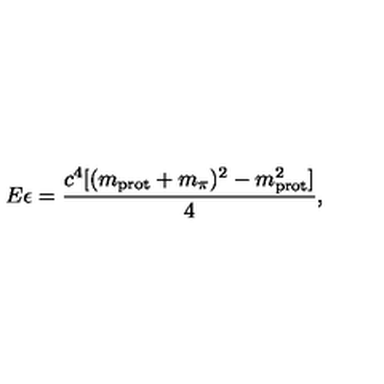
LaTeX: E \epsilon = \frac { c ^ { 4 } [ ( m _ { \mathrm { p r o t } } + m _ { \pi } ) ^ { 2 } - m _ { \mathrm { p r o t } } ^ { 2 } ] } { 4 } ,